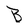
Character: B